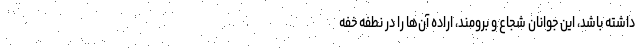
داشته باشد، این جوانان شجاع و برومند، اراده آن‌ها را در نطفه خفه